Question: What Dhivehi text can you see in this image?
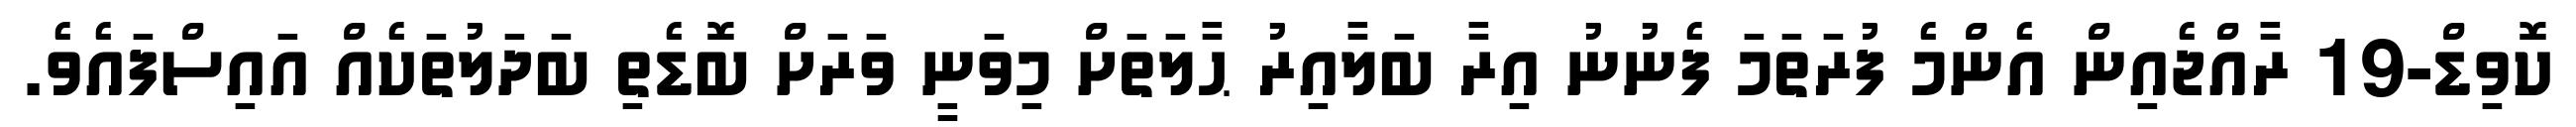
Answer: ކޮވިޑް-19 ރާއްޖެއިން އެންމެ ފުރަތަމަ ފެނުނު އިރާ ބަލާއިރު ޙާލަތަށް މިވަނީ ވަރަށް ބޮޑެތި ބަދަލުތަކެއް އައިސްފައެވެ.